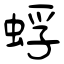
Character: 蜉